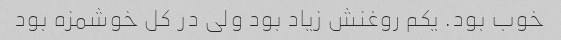
خوب بود. یکم روغنش زیاد بود ولی در کل خوشمزه بود